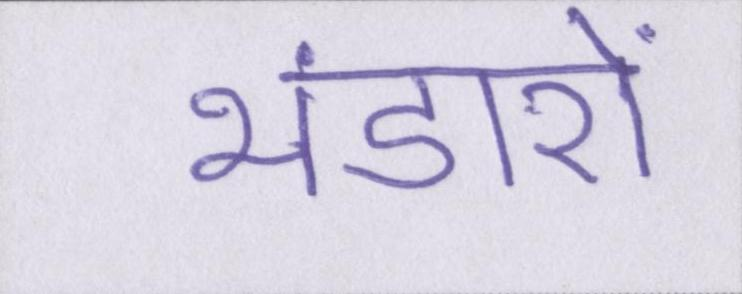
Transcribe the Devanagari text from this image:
भंडारों